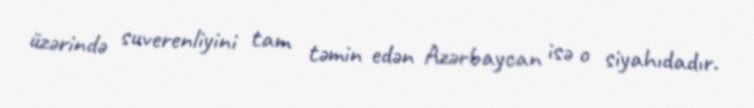
üzərində suverenliyini tam təmin edən Azərbaycan isə o siyahıdadır.